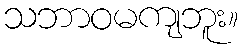
သဘာဝမကျဘူး။